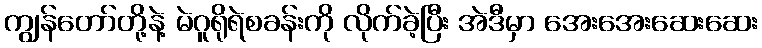
ကျွန်တော်တို့နဲ့ မဲဂူရိုရဲစခန်းကို လိုက်ခဲ့ပြီး အဲဒီမှာ အေးအေးဆေးဆေး